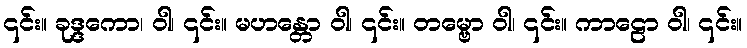
၎င်း။ ခုဒ္ဒကော၊ ဝါ၊ ၎င်း။ မဟန္တော ဝါ၊ ၎င်း။ တမ္ဗော ဝါ၊ ၎င်း။ ကာဠော ဝါ၊ ၎င်း။